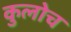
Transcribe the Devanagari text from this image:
कुलोच